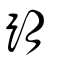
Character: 跀